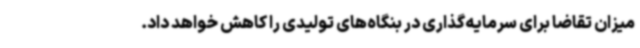
میزان تقاضا برای سرمایه‌گذاری در بنگاه‌های تولیدی را کاهش خواهد داد.